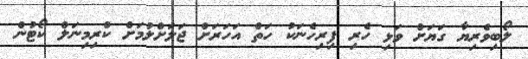
ލޯބިވެރިޔާ ގަޔަށް ވަޅި ހެރި ފިރިހެނަކު ހަތް އަހަރަށް ޖަލަށްލުމަށް ކްރިމިނަލް ކޯޓުން